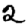
Digit: 2